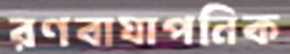
রণবাঘাপনিক